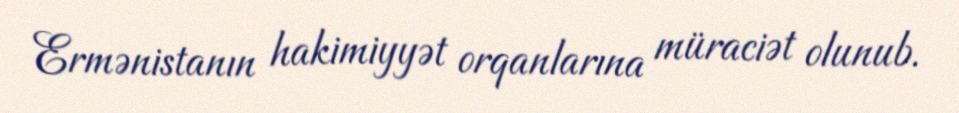
Ermənistanın hakimiyyət orqanlarına müraciət olunub.